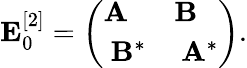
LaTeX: \begin{array}{r}{\mathbf{E}_{0}^{[2]}=\left(\begin{array}{ll}{\mathbf{A}}&{\mathbf{B}}\\ {~\mathbf{B}^{*}}&{~\mathbf{A}^{*}}\end{array}\right).}\end{array}